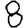
Digit: 8